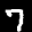
Label: 7